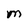
Character: M